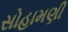
સોહામણી